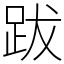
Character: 跋